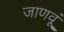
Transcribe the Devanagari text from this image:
जाणवूं